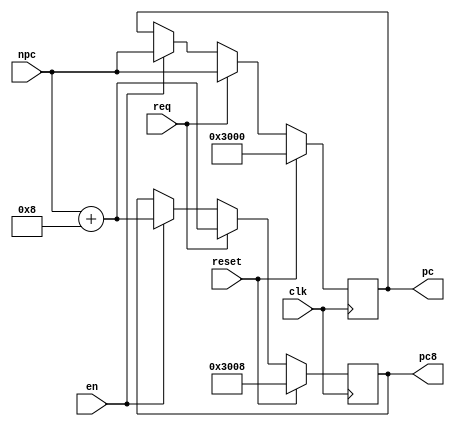
`timescale 1ns / 1ps
//////////////////////////////////////////////////////////////////////////////////
// Company: 
// Engineer: 
// 
// Design Name: 
// Module Name:    IFU 
// Project Name: 
// Target Devices: 
// Tool versions: 
// Description: 
//
// Dependencies: 
//
// Revision: 
// Revision 0.01 - File Created
// Additional Comments: 
//
//////////////////////////////////////////////////////////////////////////////////
module IFU(
input clk,
input reset,
input req,
input en,
input wire [31:0] npc,
output wire [31:0] pc,
output wire [31:0] pc8
    );
reg [31:0] tmp = 32'b0;
reg [31:0] PC = 32'b0;
reg [31:0] PC8 = 32'b0;


always@(posedge clk)begin
if(reset)begin
	PC <= 32'h0000_3000;
	PC8 <= 32'h0000_3008;
	tmp <= 32'b0;
end
else if (req) begin
	PC <= npc;
	PC8 <= npc + 4'b1000;
	tmp <= npc - 32'h0000_3000;
end
else if (en)begin
	PC <= npc;
	PC8 <= npc + 4'b1000;
	tmp <= npc - 32'h0000_3000;
end
else begin
	PC <= PC;
	PC8 <=PC8;
	tmp <= tmp;
end
end
assign pc = PC;
assign pc8 = PC8;
endmodule